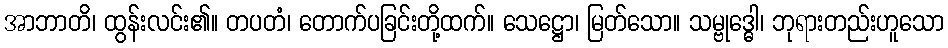
အာဘာတိ၊ ထွန်းလင်း၏။ တပတံ၊ တောက်ပခြင်းတို့ထက်။ သေဋ္ဌော၊ မြတ်သော။ သမ္ဗုဒ္ဓေါ၊ ဘုရားတည်းဟူသော